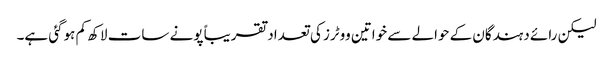
لیکن رائے دہندگان کے حوالے سے خواتین ووٹرز کی تعداد تقریباً پونے سات لاکھ کم ہوگئی ہے۔